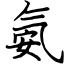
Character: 氨